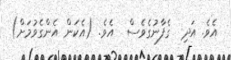
އެވެ. އަދި  ގެފާނުގެވެސް  އެވެ. (އެކަން އެންގެވުމަށް)